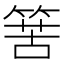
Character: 𥯶